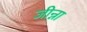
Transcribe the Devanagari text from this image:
जीन्ना